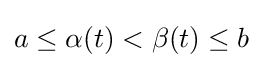
a\leq \alpha (t)<\beta (t)\leq b